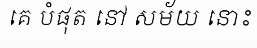
គេ បំផុត នៅ សម័យ នោះ